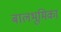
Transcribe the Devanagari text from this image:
बालभूमिका